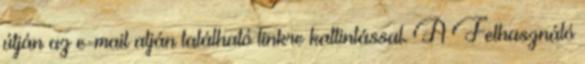
útján az e-mail alján található linkre kattintással. A Felhasználó